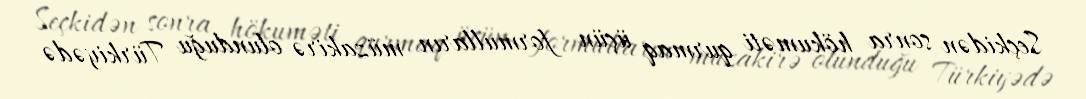
Seçkidən sonra hökuməti qurmaq üçün formulların müzakirə olunduğu Türkiyədə